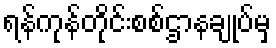
ရန်ကုန်တိုင်းစစ်ဌာနချုပ်မှ